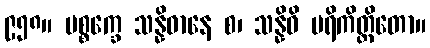
၉၅၈။ ပစ္စက္ခေ သန္နိဓာနေ စ၊ သန္နိဓိ ပရိကိတ္တိတော။